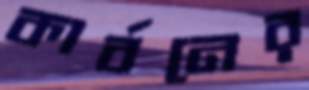
কার্বনের